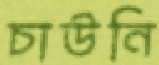
চাউনি